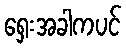
ရှေးအခါကပင်